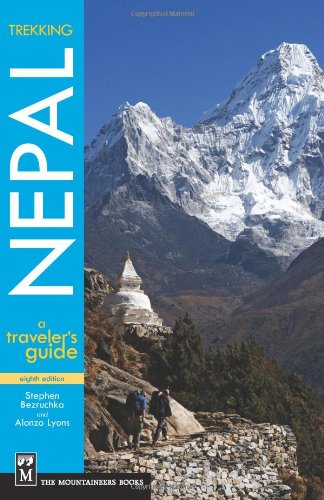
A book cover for Trekking Nepal: A Traveler's Guide 8th Ed; Stephen Bezruchka; Travel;